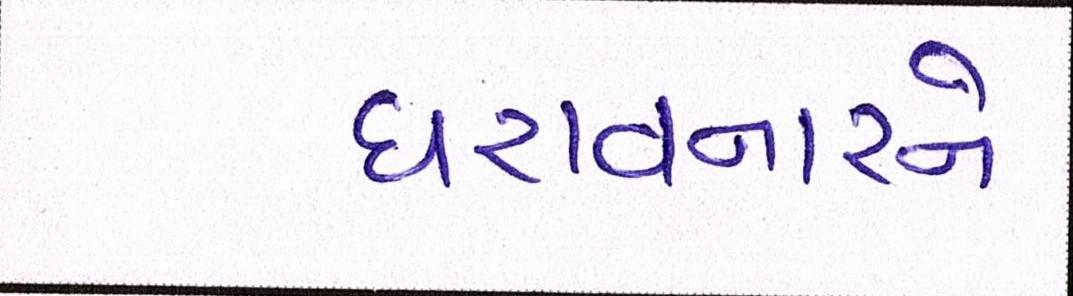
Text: ધરાવનારને